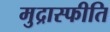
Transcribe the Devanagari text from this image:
मुद्रास्‍फीति